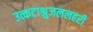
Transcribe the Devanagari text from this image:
उत्कटाश्रुजललहरी